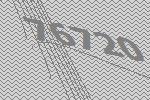
76720